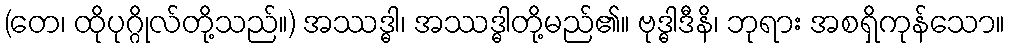
(တေ၊ ထိုပုဂ္ဂိုလ်တို့သည်။) အဿဒ္ဓါ၊ အဿဒ္ဓါတို့မည်၏။ ဗုဒ္ဓါဒီနိ၊ ဘုရား အစရှိကုန်သော။